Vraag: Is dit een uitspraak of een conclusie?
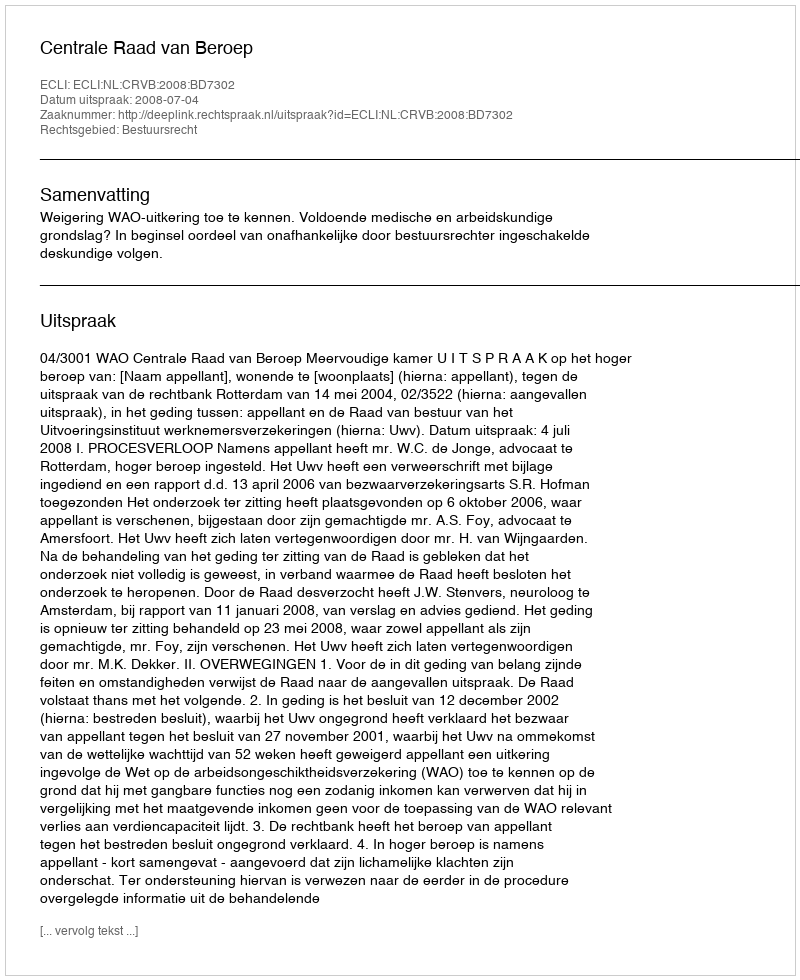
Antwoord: Uitspraak